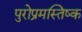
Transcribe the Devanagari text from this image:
पुरोप्रमस्तिष्क